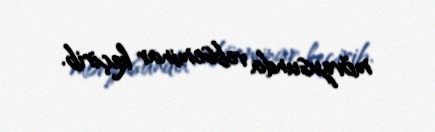
mövzusunda vebseminar keçirib.